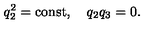
q _ { 2 } ^ { 2 } = \mathrm { c o n s t } , \quad q _ { 2 } q _ { 3 } = 0 .